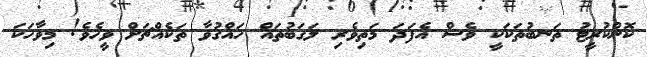
ކޮންކުރީޓު ތަނބުތަކަކީ ވެސް އެފަދަ މަތިވެރި ލަގަބުތައް ހައްގުވާ ތަކެއްޗަށް ވީހެވެ! މިވާހަކަ